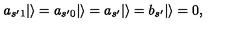
a _ { s ^ { \prime } 1 } | \rangle = a _ { s ^ { \prime } 0 } | \rangle = a _ { s ^ { \prime } } | \rangle = b _ { s ^ { \prime } } | \rangle = 0 ,